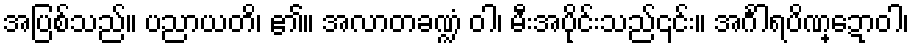
အပြစ်သည်။ ပညာယတိ၊ ၏။ အလာတခဏ္ဍံ ဝါ၊ မီးအပိုင်းသည်၎င်း။ အင်္ဂါရပိဏ္ဍောဝါ၊